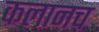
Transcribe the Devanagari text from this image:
कलानच